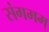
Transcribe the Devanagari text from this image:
संगमम्